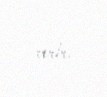
verir.